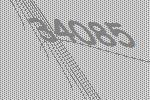
34085